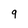
Character: 9